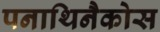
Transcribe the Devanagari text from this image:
पनाथिनैकोस